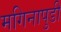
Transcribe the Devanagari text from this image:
मगिनापुडी